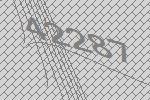
42287